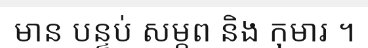
មាន បន្ទប់ សម្ភព និង កុមារ ។